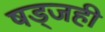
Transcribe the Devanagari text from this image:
षड्जही